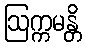
ဩက္ကမန္တိ